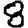
Digit: 8